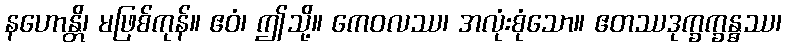
နဟောန္တိ၊ မဖြစ်ကုန်။ ဧဝံ၊ ဤသို့။ ကေဝလဿ၊ အလုံးစုံသော။ ဧတဿဒုက္ခက္ခန္ဓဿ၊